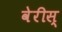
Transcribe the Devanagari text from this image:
वेरीस्